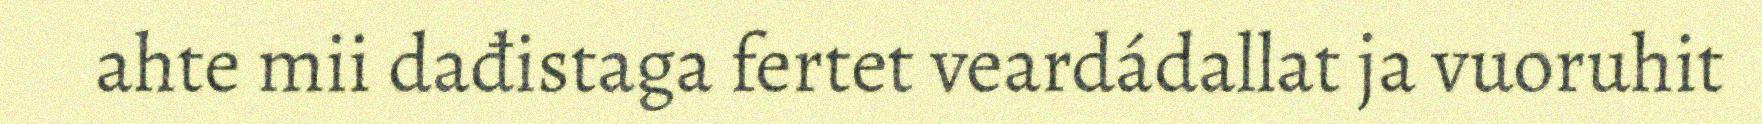
ahte mii dađistaga fertet veardádallat ja vuoruhit